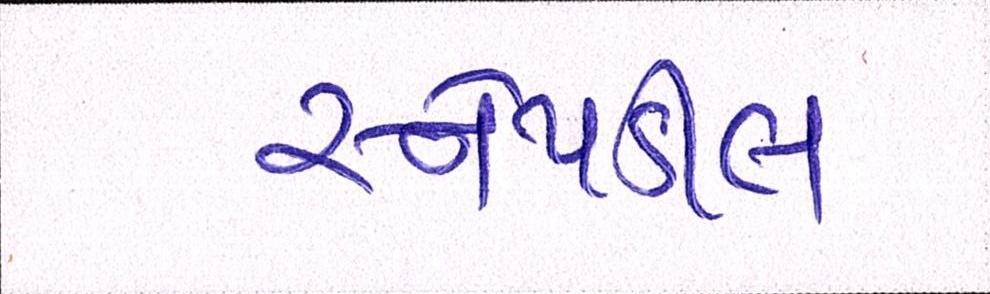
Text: સ્નેપડીલ